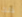
ذلك